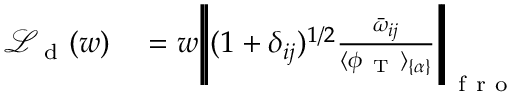
\begin{array} { r l } { \mathcal { L } _ { \mathrm { ~ d ~ } } ( w ) } & { { } = w \Bigg | \! \Bigg | ( 1 + \delta _ { i j } ) ^ { 1 / 2 } \frac { \bar { \omega } _ { i j } } { \langle \phi _ { \mathrm { ~ T ~ } } \rangle _ { \{ \alpha \} } } \Bigg | \! \Bigg | _ { \mathrm { ~ f ~ r ~ o ~ } } } \end{array}